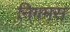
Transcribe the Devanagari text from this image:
निगमस